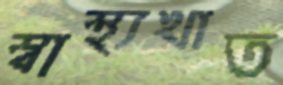
স্বাস্থ্যখাত